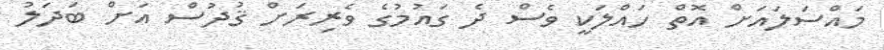
މައްސަލައަށް އޮތް ހައްލަކީ ވެސް ދެ ގައުމުގެ ވެރިރަށް ޤުދުސް އަށް ބަދަލު